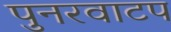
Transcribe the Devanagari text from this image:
पुनरवाटप